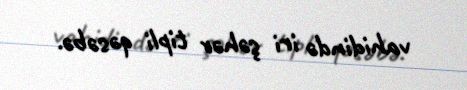
vahidində iri şəhər tipli qəsəbə.